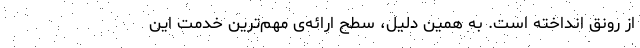
از رونق انداخته است. به همین دلیل، سطح ارائه‌ی مهم‌ترین خدمت این